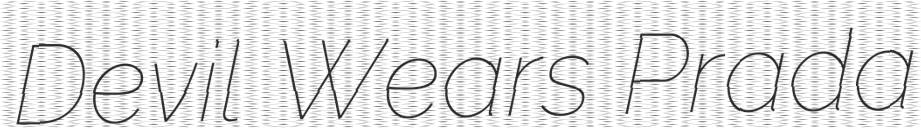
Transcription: Devil Wears Prada